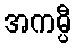
အကမ္ပီ